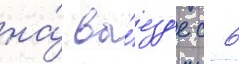
на́ вы́езд'е с 6